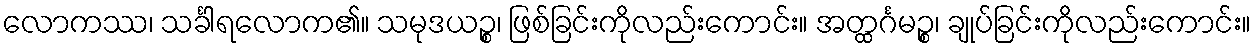
လောကဿ၊ သင်္ခါရလောက၏။ သမုဒယဉ္စ၊ ဖြစ်ခြင်းကိုလည်းကောင်း။ အတ္ထင်္ဂမဉ္စ၊ ချုပ်ခြင်းကိုလည်းကောင်း။